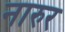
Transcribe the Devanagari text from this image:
नारुर